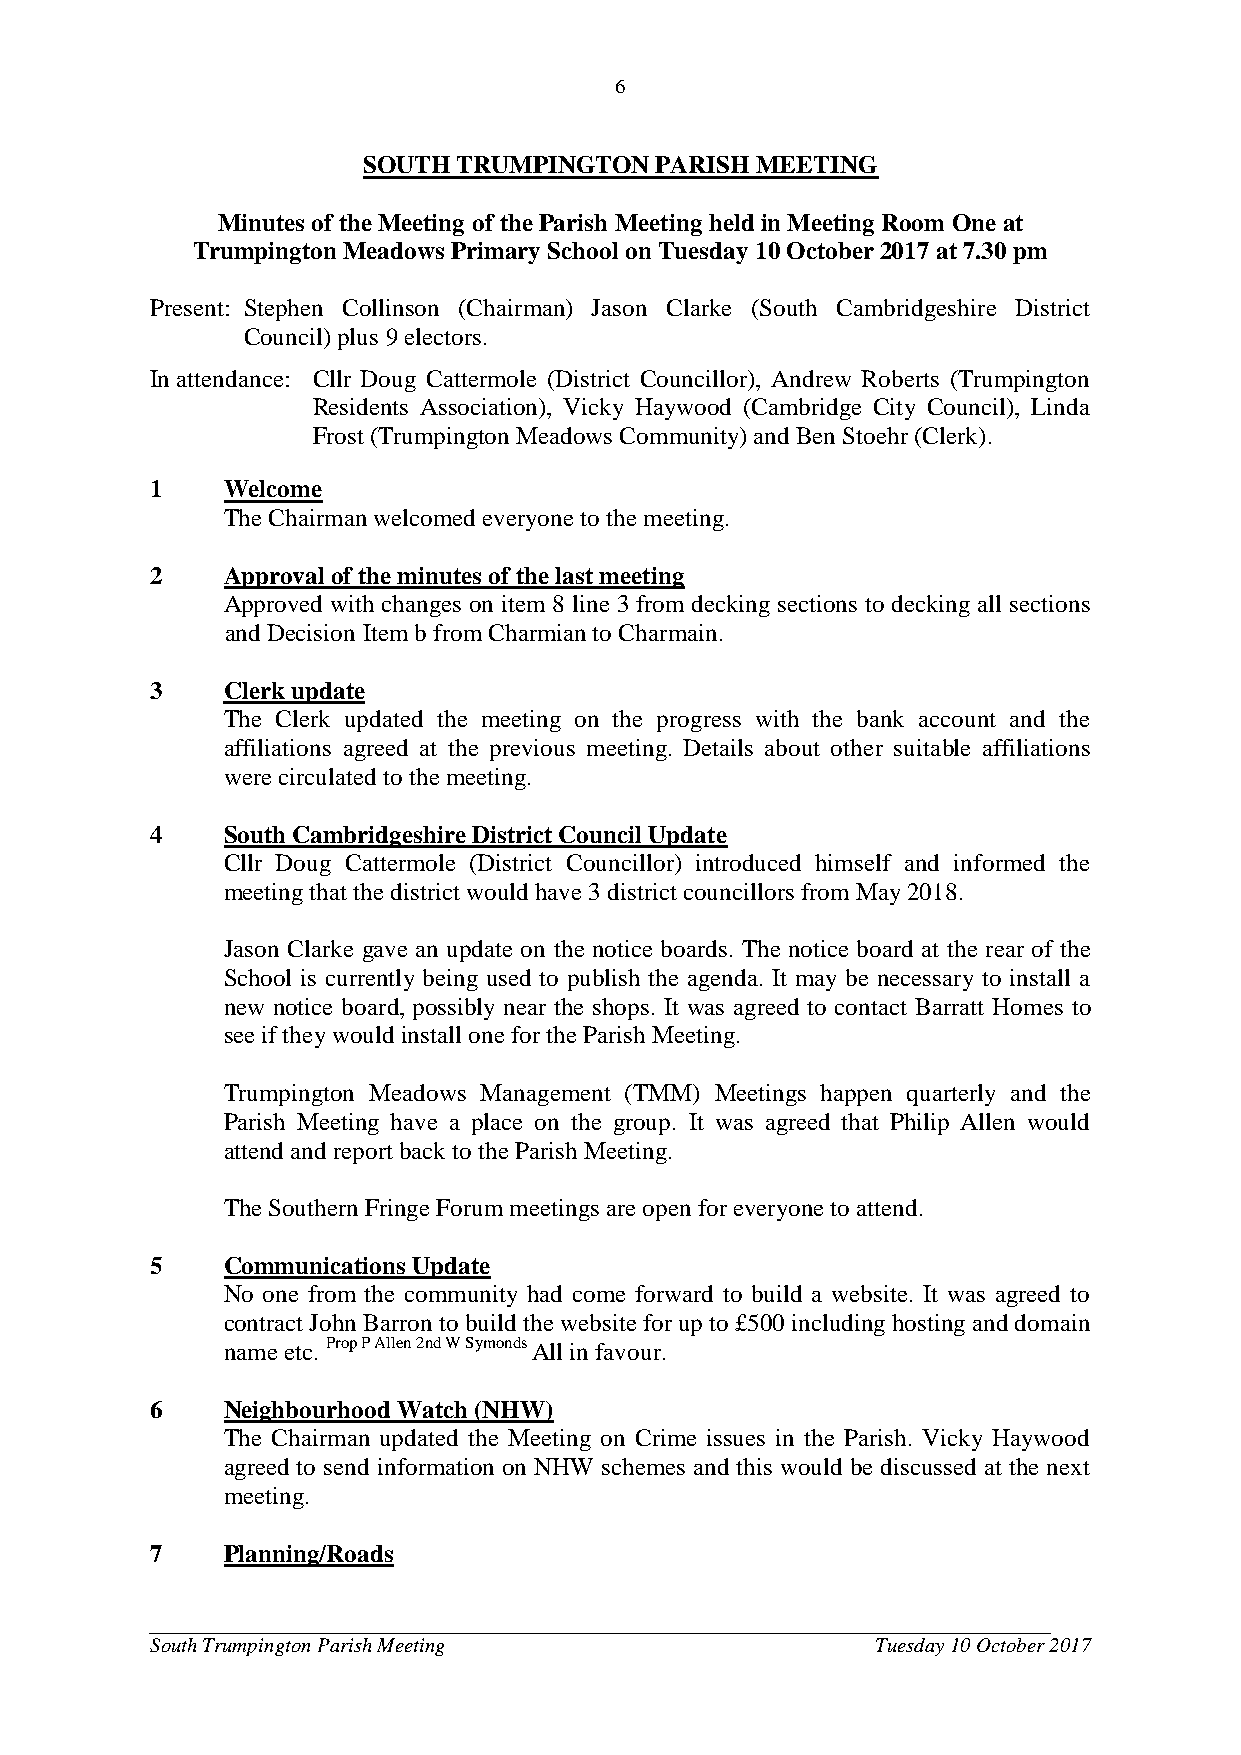
6
 SOUTH TRUMPINGTON  PARISH MEETING
 Minutes of the Meeting of the Parish Meeting held in Meeting Room One at
 Trumpington Meadows Primary School on Tuesday 10 October 2017 at 7.30 pm
 Present: Stephen Collinson (Chairman) Jason Clarke (South Cambridgeshire District
 Council) plus 9 electors.
 In attendance: Cllr Doug Cattermole (District Councillor), Andrew Roberts (Trumpington
 Residents Association), Vicky Haywood (Cambridge City Council), Linda
 Frost (Trumpington Meadows Community) and Ben Stoehr (Clerk).
 1    Welcome
 The Chairman welcomed everyone to the meeting.
 2    Approval of the minutes of the last meeting
 Approved with changes on item 8 line 3 from decking sections to decking all sections
 and Decision Item b from Charmian to Charmain.
 3    Clerk update
 The Clerk updated the meeting on the progress with the bank account and the
 affiliations agreed at the previous meeting. Details about other suitable affiliations
 were circulated to the meeting.
 4    South Cambridgeshire District Council Update
 Cllr Doug Cattermole (District Councillor) introduced himself and informed the
 meeting that the district would have 3 district councillors from May 2018.
 Jason Clarke gave an update on the notice boards. The notice board at the rear of the
 School is currently being used to publish the agenda. It may be necessary to install a
 new notice board, possibly near the shops. It was agreed to contact Barratt Homes to
 see if they would install one for the Parish Meeting.
 Trumpington Meadows Management (TMM) Meetings happen quarterly and the
 Parish Meeting have a place on the group. It was agreed that Philip Allen would
 attend and report back to the Parish Meeting.
 The Southern Fringe Forum meetings are open for everyone to attend.
 5    Communications Update
 No one from the community had come forward to build a website. It was agreed to
 contract John Barron to build the website for up to £500 including hosting and domain
 name etc. Prop P Allen 2nd W Symonds All in favour.
 6    Neighbourhood Watch (NHW)
 The Chairman updated the Meeting on Crime issues in the Parish. Vicky Haywood
 agreed to send information on NHW schemes and this would be discussed at the next
 meeting.
 7    Planning/Roads
 ________________________________________________________________________
 South Trumpington Parish Meeting                Tuesday 10 October 2017